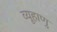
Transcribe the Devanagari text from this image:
व्यूहाणु